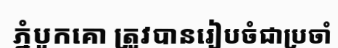
ភ្នំបូកគោ ត្រូវបានរៀបចំជាប្រចាំ